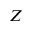
Z